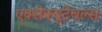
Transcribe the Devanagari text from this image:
एक्सेक्यूटेबल्स